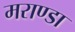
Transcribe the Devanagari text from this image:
मराण्डा